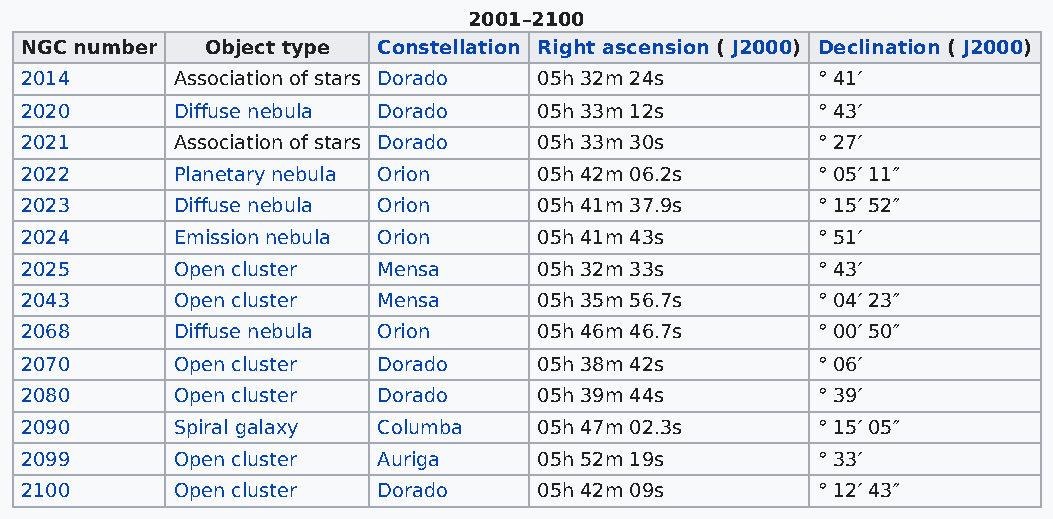
2001–2100
 NGC number   Object type Constellation Right ascension ( J2000) Declination ( J2000)
 2014      Association of stars Dorado 05h 32m 24s    ° 41′
 2020      Diffuse nebula Dorado    05h 33m 12s       ° 43′
 2021      Association of stars Dorado 05h 33m 30s    ° 27′
 2022      Planetary nebula Orion   05h 42m 06.2s     ° 05′ 11″
 2023      Diffuse nebula Orion     05h 41m 37.9s     ° 15′ 52″
 2024      Emission nebula Orion    05h 41m 43s       ° 51′
 2025      Open cluster  Mensa      05h 32m 33s       ° 43′
 2043      Open cluster  Mensa      05h 35m 56.7s     ° 04′ 23″
 2068      Diffuse nebula Orion     05h 46m 46.7s     ° 00′ 50″
 2070      Open cluster  Dorado     05h 38m 42s       ° 06′
 2080      Open cluster  Dorado     05h 39m 44s       ° 39′
 2090      Spiral galaxy Columba    05h 47m 02.3s     ° 15′ 05″
 2099      Open cluster  Auriga     05h 52m 19s       ° 33′
 2100      Open cluster  Dorado     05h 42m 09s       ° 12′ 43″